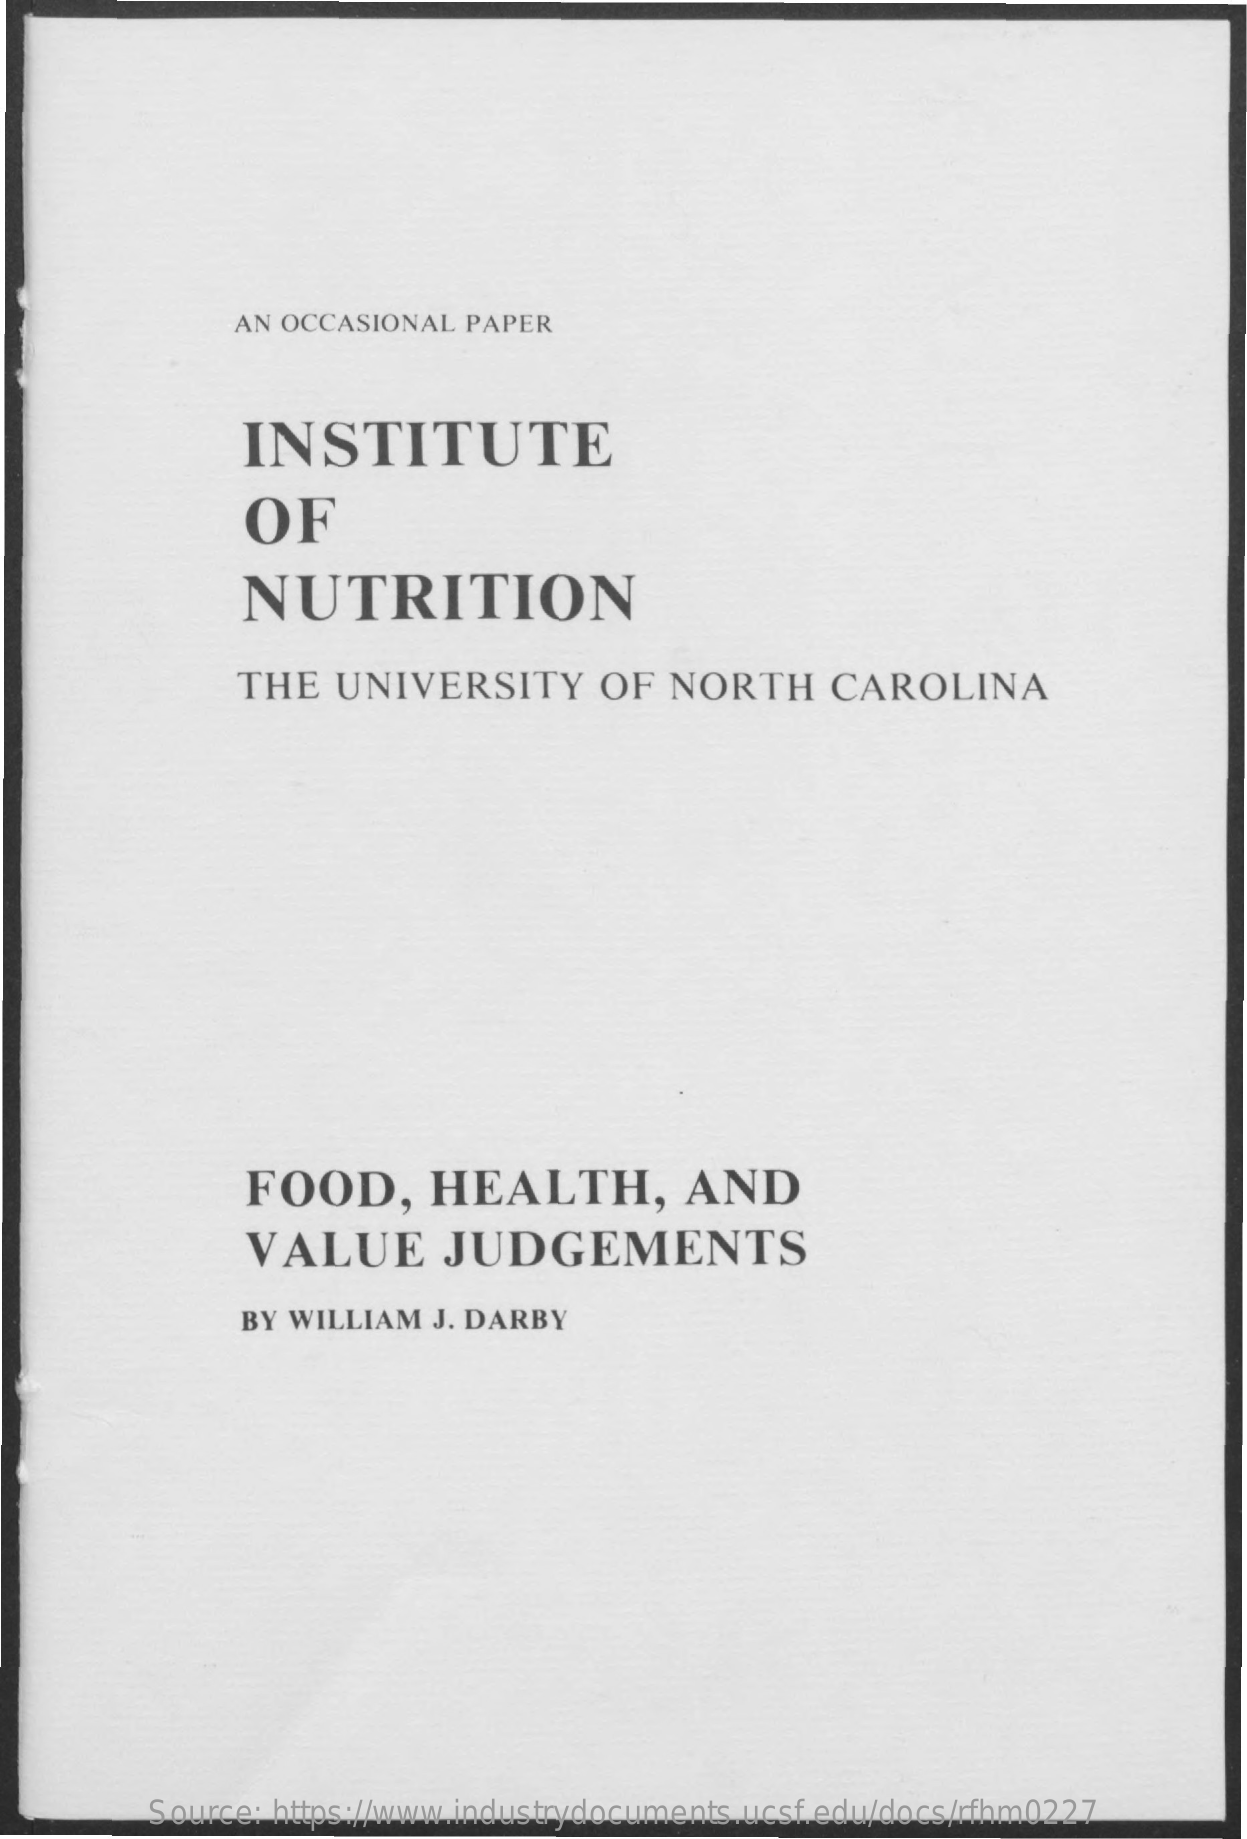
AN OCCASIONAL PAPER
     INSTITUTE
     OF
     NUTRITION
     THE   UNIVERSITY    OF   NORTH    CAROLINA
     FOOD,    HEALTH,    AND
     VALUE    JUDGEMENTS
     BY WILLIAM  J. DARBY
     Source: https://www.industrydocuments.ucsf.edu/docs/rfhm0227